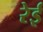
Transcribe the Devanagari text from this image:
रेई